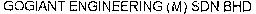
GOGIANT ENGINEERING (M) SDN BHD